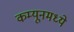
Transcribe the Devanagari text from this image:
कम्यूनमध्ये